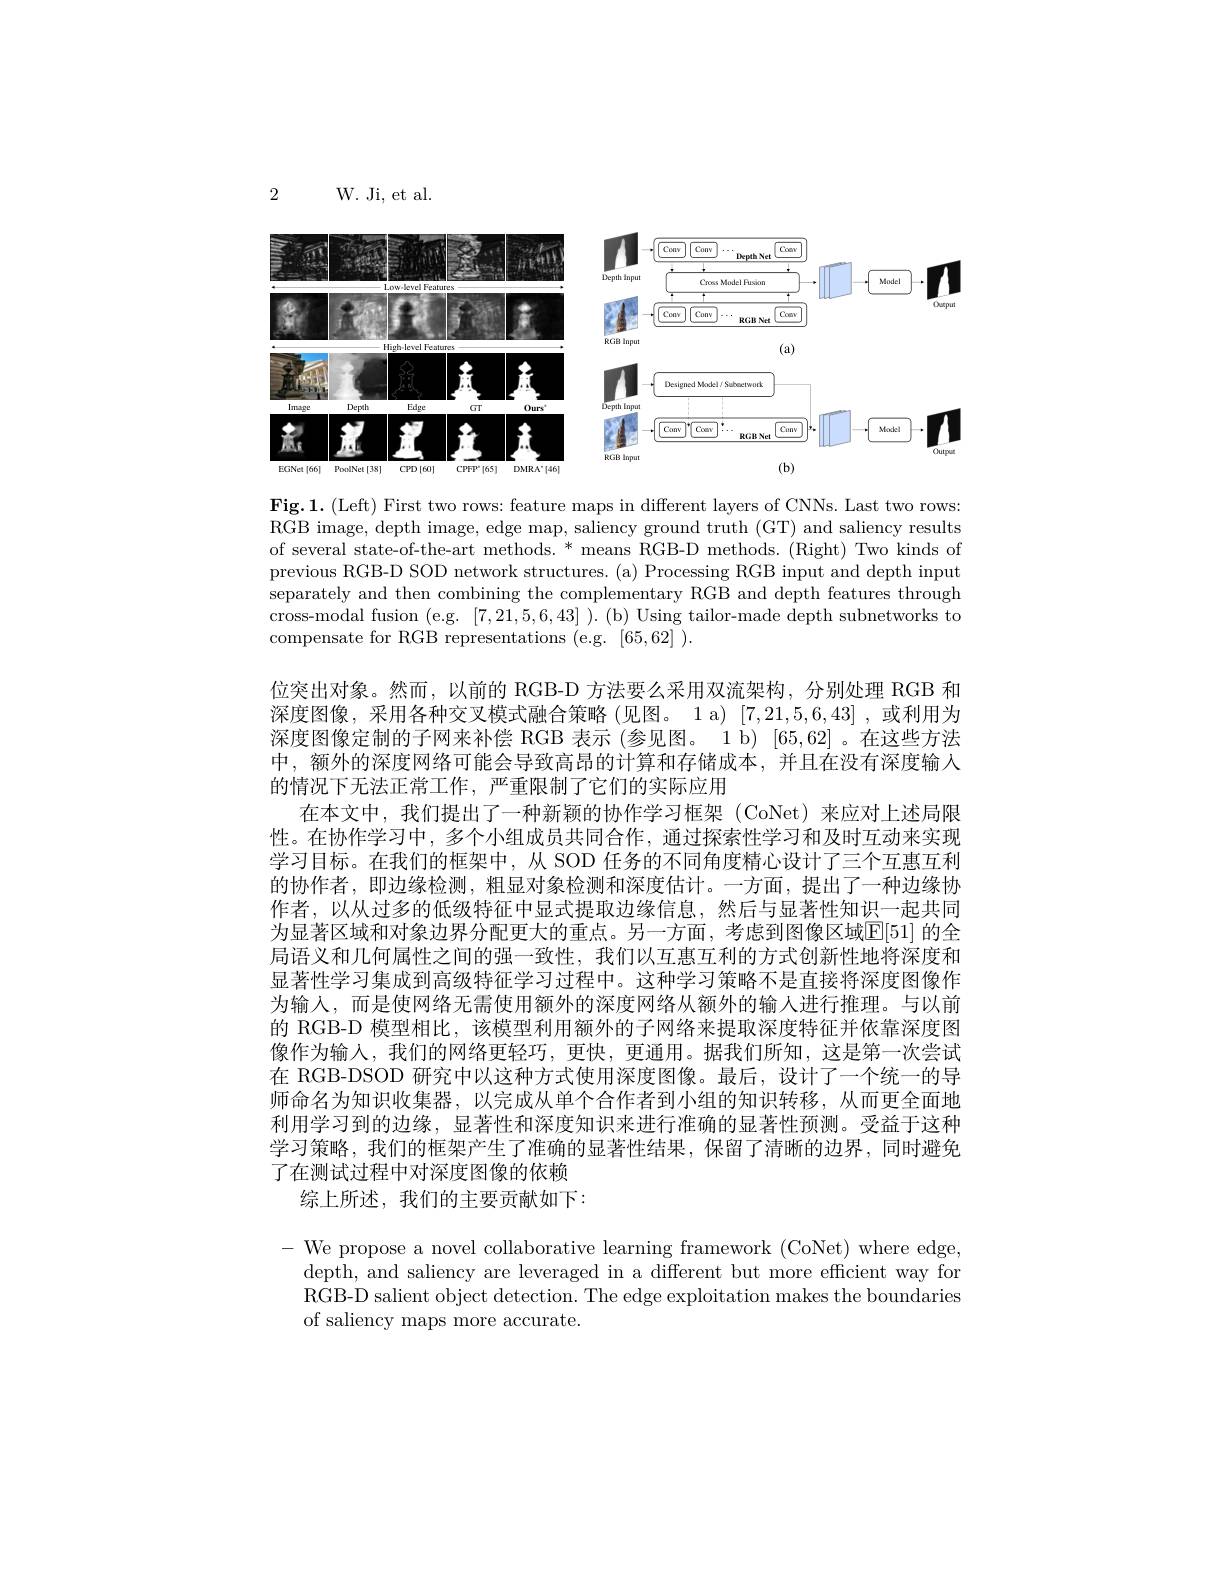
2

W. Ji, et al.

<FigureHere>

Fig.1.(Left) First two rows: feature maps in different layers of CNNs. Last two rows: RGB image, depth image, edge map, saliency ground truth (GT) and saliency results of several state-of-the-art methods. * means RGB-D methods. (Right) Two kinds of previous RGB-D SOD network structures. (a) Processing RGB input and depth input separately and then combining the complementary RGB and depth features through cross-modal fusion (e.g. [7,21,5,6,43] ). (b) Using tailor-made depth subnetworks to compensate for RGB representations (e.g. [65,62] ).
位突出对象。然而，以前的 RGB-D 方法要么采用双流架构，分别处理 RGB 和深度图像，采用各种交叉模式融合策略(见图。1 a) [7,21,5,6,43] ,或利用为深度图像定制的子网来补偿 RGB 表示 (参见图。1 b) [65,62] 。在这些方法中，额外的深度网络可能会导致高昂的计算和存储成本，并且在没有深度输入的情况下无法正常工作，严重限制了它们的实际应用
在本文中，我们提出了一种新颖的协作学习框架(CoNet)来应对上述局限性。在协作学习中，多个小组成员共同合作，通过探索性学习和及时互动来实现学习目标。在我们的框架中，从 SOD 任务的不同角度精心设计了三个互惠互利的协作者，即边缘检测，粗显对象检测和深度估计。一方面，提出了一种边缘协作者，以从过多的低级特征中显式提取边缘信息，然后与显著性知识一起共同为显著区域和对象边界分配更大的重点。另一方面，考虑到图像区域E[51] 的全局语义和几何属性之间的强一致性，我们以互惠互利的方式创新性地将深度和显著性学习集成到高级特征学习过程中。这种学习策略不是直接将深度图像作为输入，而是使网络无需使用额外的深度网络从额外的输入进行推理。与以前的 RGB-D 模型相比，该模型利用额外的子网络来提取深度特征并依靠深度图像作为输入，我们的网络更轻巧，更快，更通用。据我们所知，这是第一次尝试在 RGB-DSOD 研究中以这种方式使用深度图像。最后，设计了一个统一的导师命名为知识收集器，以完成从单个合作者到小组的知识转移，从而更全面地利用学习到的边缘，显著性和深度知识来进行准确的显著性预测。受益于这种学习策略，我们的框架产生了准确的显著性结果，保留了清晰的边界，同时避免了在测试过程中对深度图像的依赖
综上所述，我们的主要贡献如下：
- We propose a novel collaborative learning framework (CoNet) where edge

depth, and saliency are leveraged in a different but more efficient way for RGB-D salient object detection. The edge exploitation makes the boundaries of saliency maps more accurate.